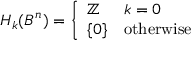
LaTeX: H _ { k } ( B ^ { n } ) = { \left\{ \begin{array} { l l } { \mathbb { Z } } & { k = 0 } \\ { \{ 0 \} } & { { \mathrm { o t h e r w i s e } } } \end{array} \right. }